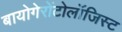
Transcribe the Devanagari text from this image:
बायोगेरोंटोलॉजिस्ट